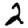
Digit: 2